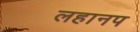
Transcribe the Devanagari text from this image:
लहानप